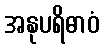
အနုပရိဓာဝံ